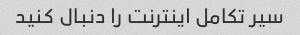
سیر تکامل اینترنت را دنبال کنید